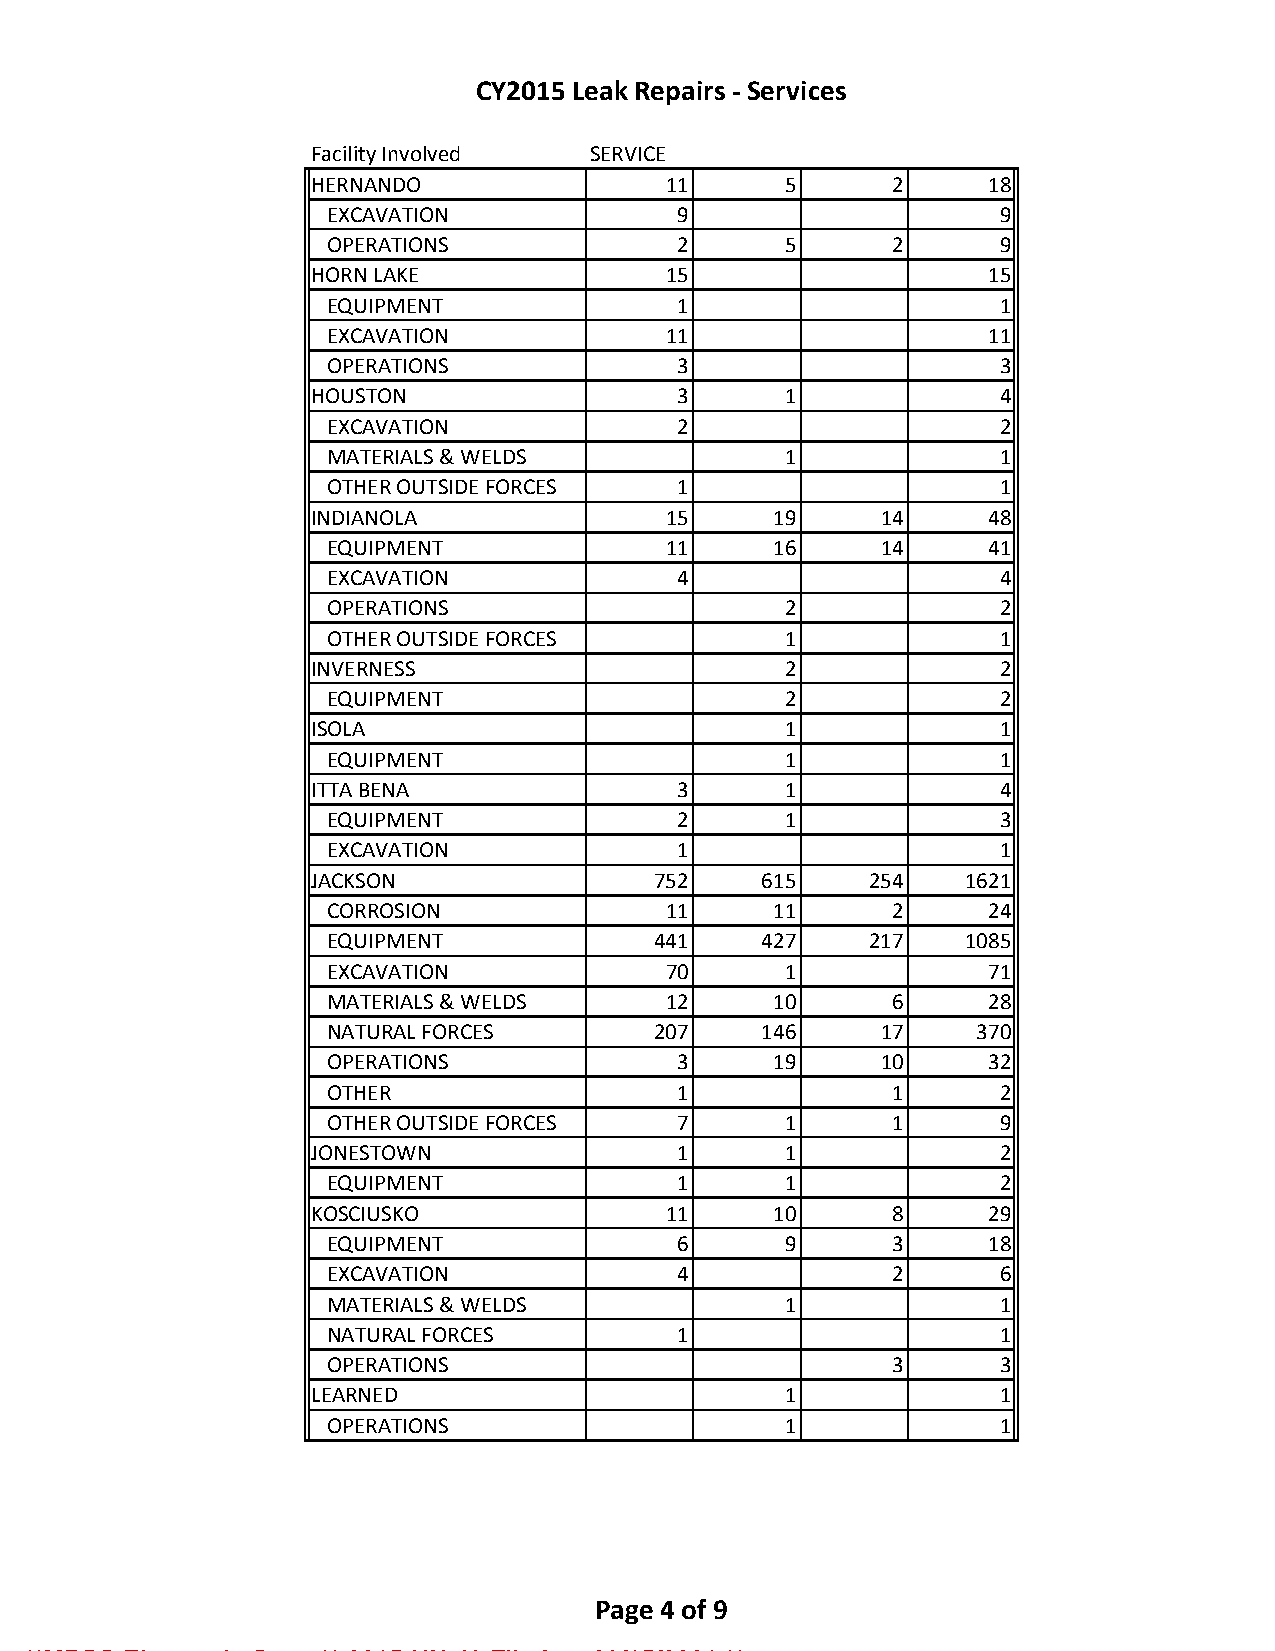
CY2015 Leak Repairs - Services
 Facility Involved  SERVICE
 HERNANDO                11      5      2     18
 EXCAVATION             9                     9
 OPERATIONS             2       5      2      9
 HORN LAKE               15                   15
 EQUIPMENT              1                     1
 EXCAVATION             11                   11
 OPERATIONS             3                     3
 HOUSTON                 3       1             4
 EXCAVATION             2                     2
 MATERIALS & WELDS              1             1
 OTHER OUTSIDE FORCES   1                     1
 INDIANOLA               15     19     14     48
 EQUIPMENT              11     16     14     41
 EXCAVATION             4                     4
 OPERATIONS                     2             2
 OTHER OUTSIDE FORCES           1             1
 INVERNESS                       2             2
 EQUIPMENT                      2             2
 ISOLA                           1             1
 EQUIPMENT                      1             1
 ITTA BENA               3       1             4
 EQUIPMENT              2       1             3
 EXCAVATION             1                     1
 JACKSON                752    615    254    1621
 CORROSION              11     11      2     24
 EQUIPMENT             441    427    217    1085
 EXCAVATION             70      1            71
 MATERIALS & WELDS      12     10      6     28
 NATURAL FORCES        207    146     17    370
 OPERATIONS             3      19     10     32
 OTHER                  1              1      2
 OTHER OUTSIDE FORCES   7       1      1      9
 JONESTOWN               1       1             2
 EQUIPMENT              1       1             2
 KOSCIUSKO               11     10      8     29
 EQUIPMENT              6       9      3     18
 EXCAVATION             4              2      6
 MATERIALS & WELDS              1             1
 NATURAL FORCES         1                     1
 OPERATIONS                            3      3
 LEARNED                         1             1
 OPERATIONS                     1             1
 Page 4 of 9
 **MPSC Electronic Copy ** 2015-UN-49 Filed on 03/15/2021 **